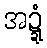
အဍ္ဍံ